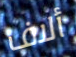
ألاف